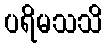
ပရိမသသိ